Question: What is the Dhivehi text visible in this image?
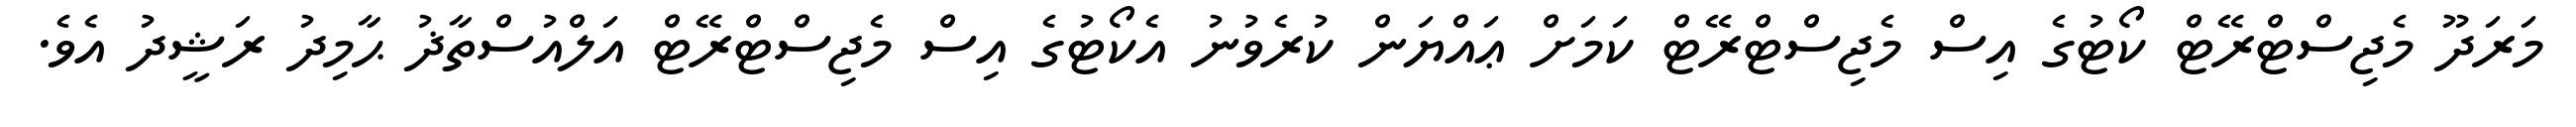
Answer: މަރަދޫ މެޖިސްޓްރޭޓް ކޯޓުގެ އިސް މެޖިސްޓްރޭޓް ކަމަށް ޢައްޔަން ކުރެވުނު އެކޯޓުގެ އިސް މެޖިސްޓްރޭޓް އަލްއުސްތާޛު ޙާމިދު ރަޝީދު އެވެ.